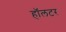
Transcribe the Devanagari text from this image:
हॉलटर